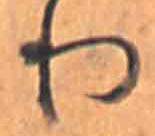
り